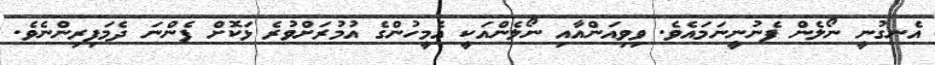
އެނގުނީ ނޯލެން ފެނުނީނަމައެވެ. ވިވިއަންއާއި ނޯލެންއަކީ އެމީހުންގެ އުމުރަށްވުރެ ޅަކޮށް ފެންނަ ދެމަފިރިންނެވެ.